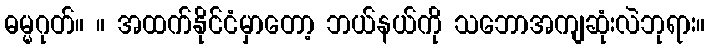
ဓမ္မဂုတ်။ ။ အထက်နိုင်ငံမှာတော့ ဘယ်နယ်ကို သဘောအကျဆုံးလဲဘုရား။